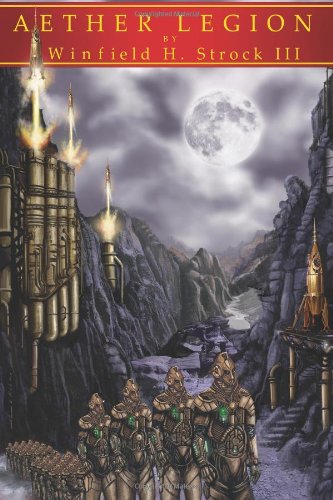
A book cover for Aether Legion; Winfield H. Strock III; Science Fiction & Fantasy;